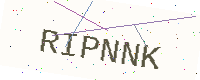
Text: RIPNNK